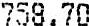
758.70